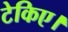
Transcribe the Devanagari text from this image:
टेकिए।